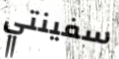
سفينتي